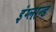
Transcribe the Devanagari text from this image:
इंग्लान्ड